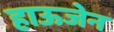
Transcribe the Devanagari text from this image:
हाऊजेन